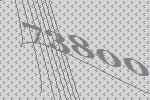
73800